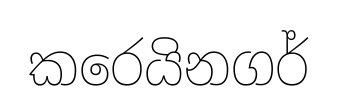
කරෙයිනගර්